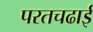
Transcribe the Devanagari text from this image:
परतचढाई